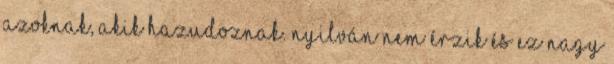
azoknak, akik hazudoznak. Nyilván nem érzik és ez nagy